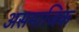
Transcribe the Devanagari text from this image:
असमाजिक